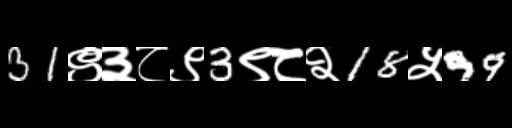
Text: 31९३८९3९८२18५99